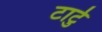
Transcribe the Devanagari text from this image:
टार्टु